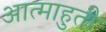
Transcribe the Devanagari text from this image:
आत्माहुती